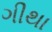
ગીથા